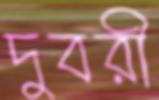
দুবরী